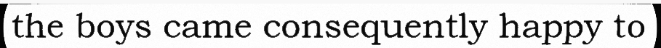
the boys came consequently happy to